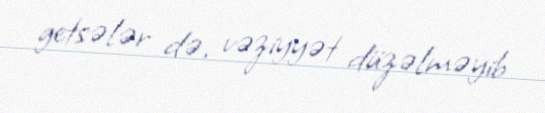
getsələr də, vəziyyət düzəlməyib.